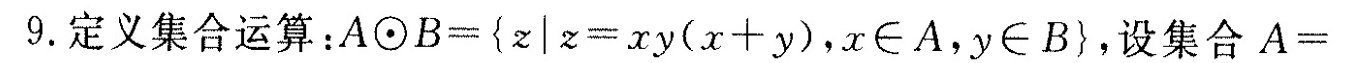
9.定义集合运算：A\odot B={z|z=xy(x+y),x\in A,y\inB},设集合A=